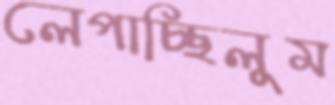
লেপাচ্ছিলুম